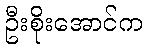
ဦးစိုးအောင်က